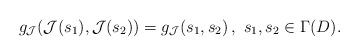
LaTeX: \begin{align*}g_{\mathcal{J}}(\mathcal{J}(s_1),\mathcal{J}(s_2))=g_{\mathcal{J}}(s_1,s_2)\,,\,\,s_1,s_2\in\Gamma(D).\end{align*}